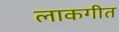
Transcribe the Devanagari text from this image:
लाकगीत